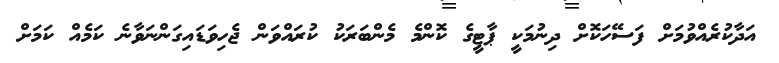
އަދާކުރެެއްވުމަށް ފަސޭހަކޮށް ދިނުމަކީ ޕާޓީގެ ކޮންމެ މެންބަރަކު ކުރައްވަން ޖެހިވަޑައިގަންނަވާނެ ކަމެއް ކަމަށް